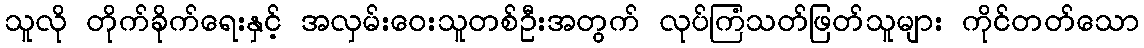
သူလို တိုက်ခိုက်ရေးနှင့် အလှမ်းဝေးသူတစ်ဦးအတွက် လုပ်ကြံသတ်ဖြတ်သူများ ကိုင်တတ်သော